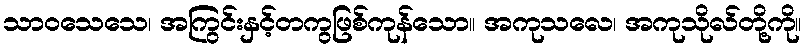
သာဝသေသေ၊ အကြွင်းနှင့်တကွဖြစ်ကုန်သော။ အကုသလေ၊ အကုသိုလ်တို့ကို။